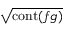
\sqrt { \operatorname { c o n t } ( f g ) }